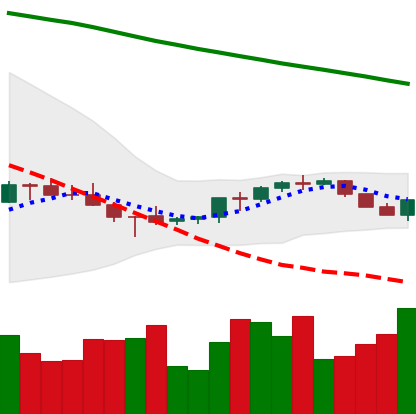
Ticker: BNB-USD
Chart end date: 2022-07-13
Forward return: 14.906%
Label: up_7plus